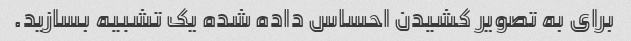
برای به تصویر کشیدن احساس داده شده یک تشبیه بسازید.